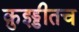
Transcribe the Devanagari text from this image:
क़ुइड्डीतच